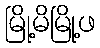
မြို့မိမြို့ဖ